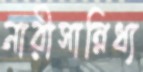
নারীসান্নিধ্য